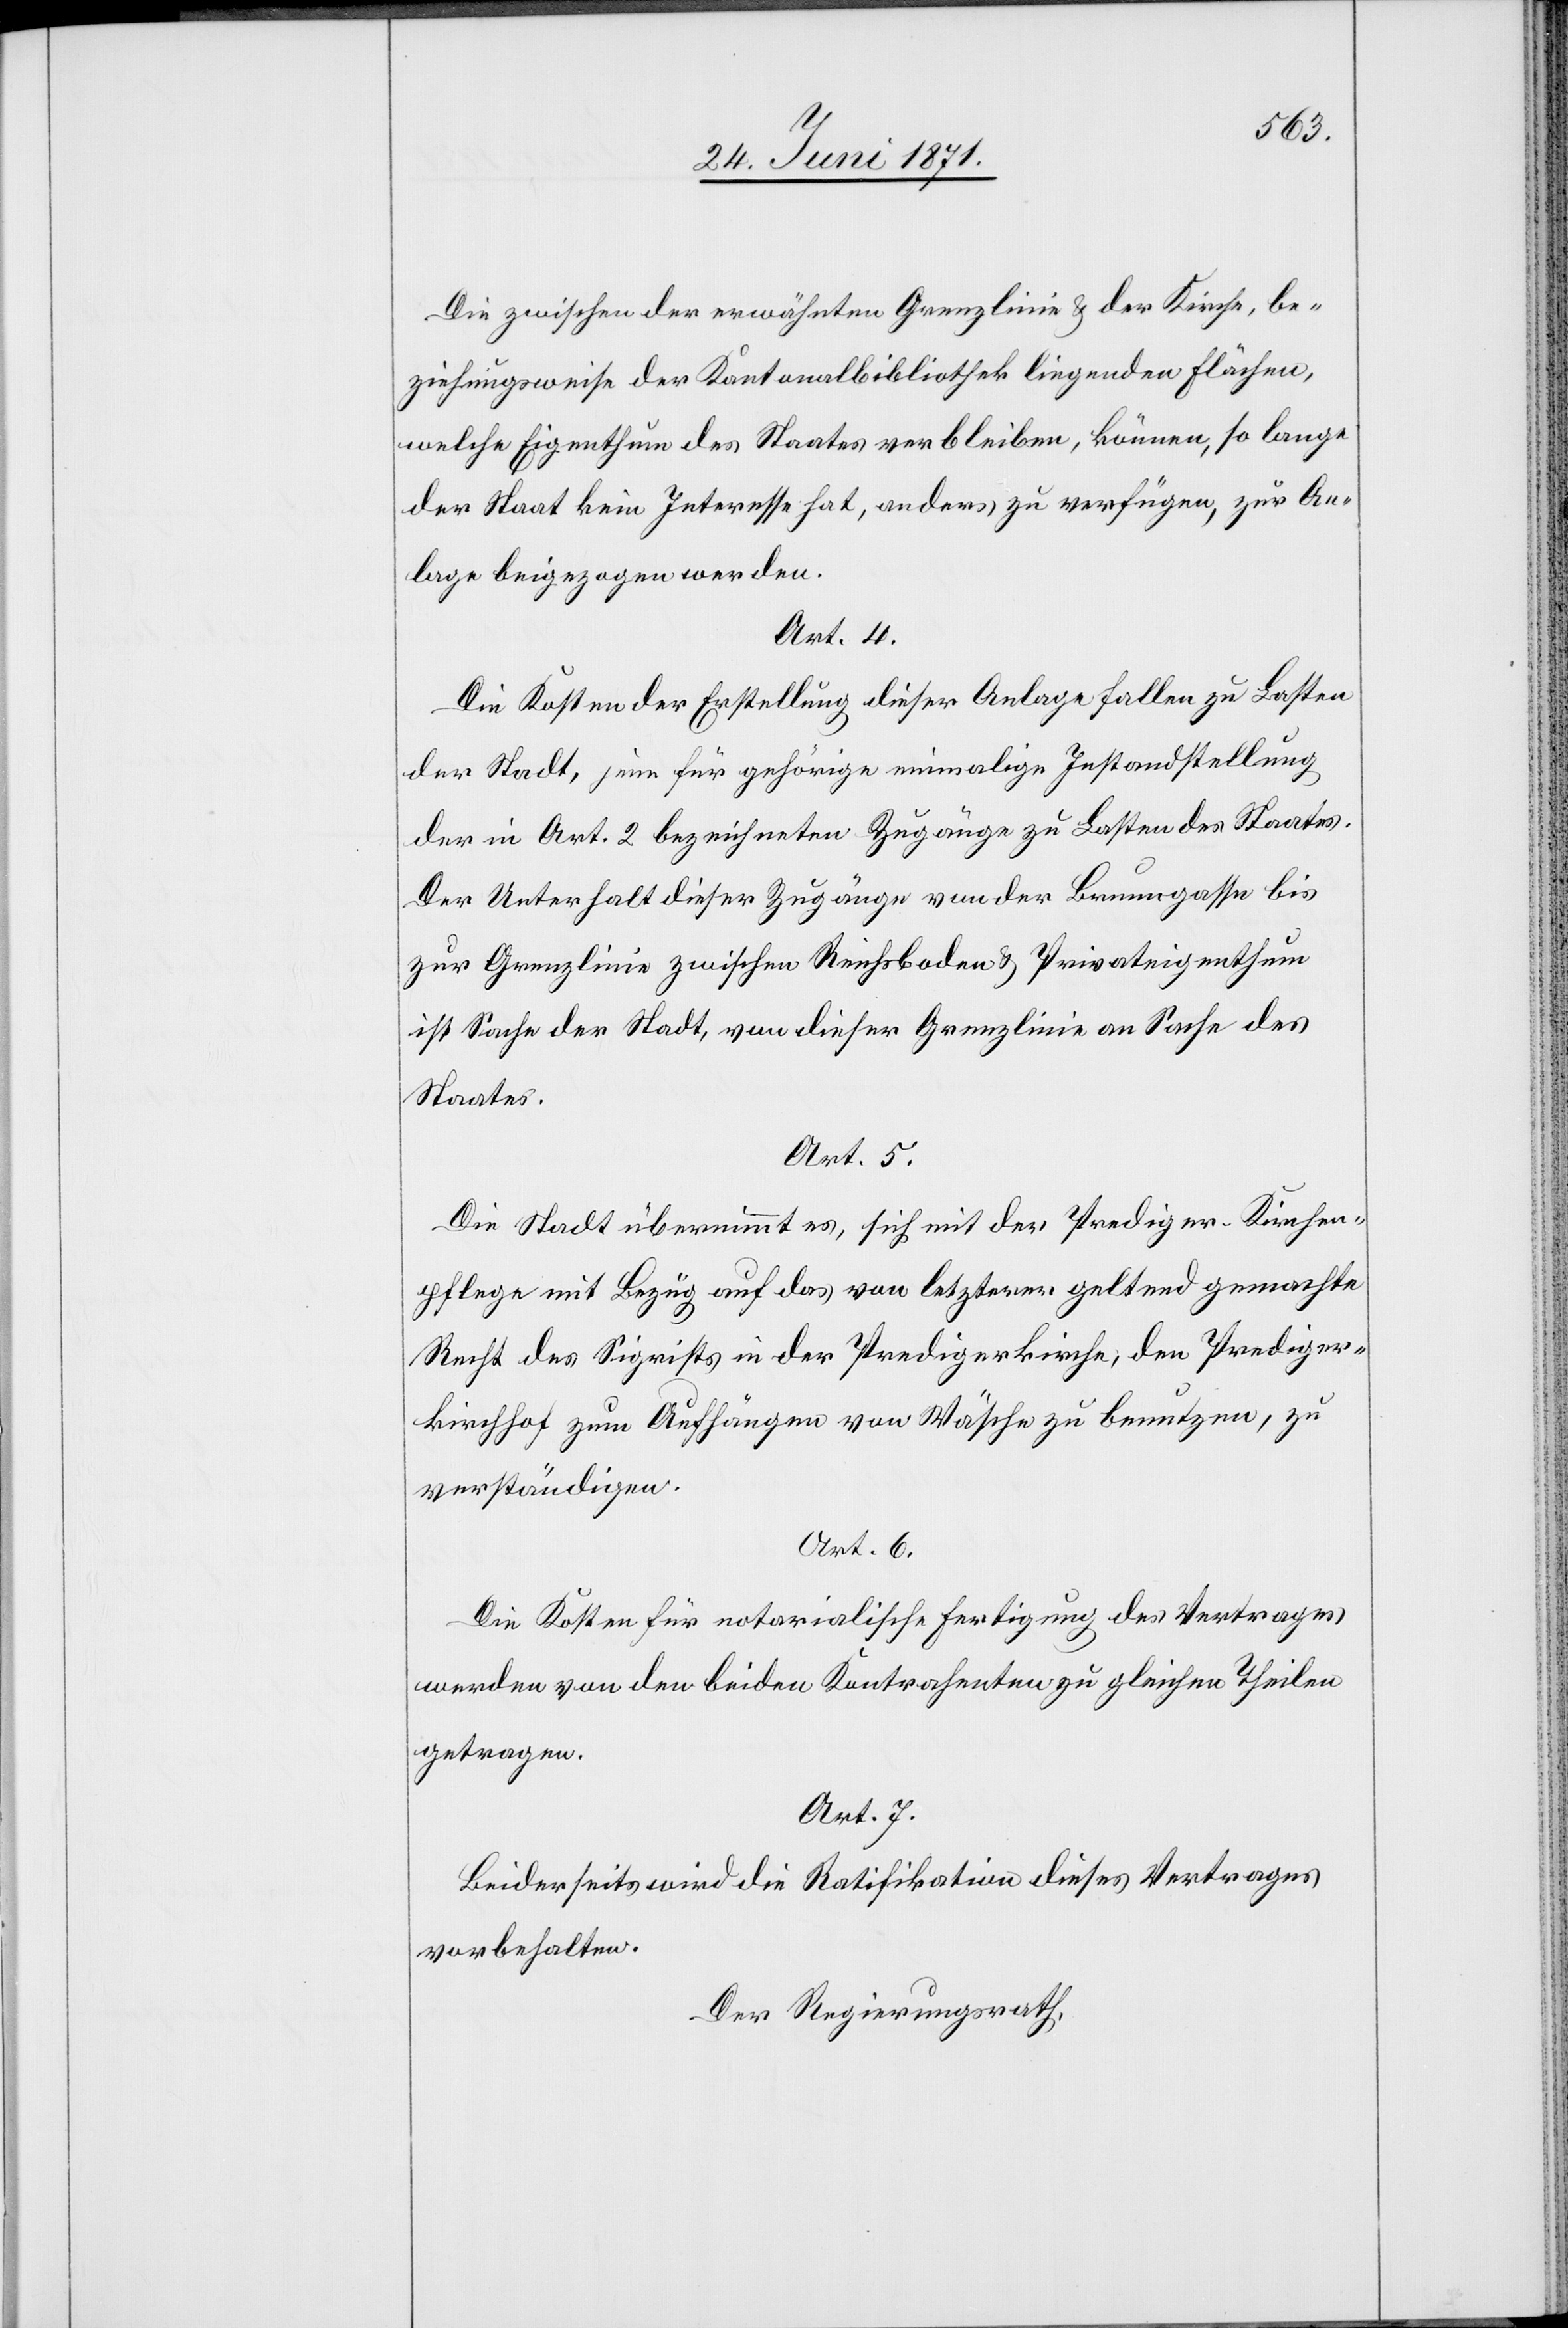
Die zwischen den erwähnten Grenzlinien u. der Kirche, be¬
ziehungsweise der Kantonalbibliothek liegenden Flächen,
welche Eigenthum des Staates verbleiben, können, so lange
der Staat kein Interesse hat, anders zu verfügen, zur An¬
lage beigezogen werden.
Art. 4.
Die Kosten der Erstellung dieser Anlage fallen zu Laste
der Stadt, jene für gehörige einmalige Instandstellung
der in Art. 2 bezeichneten Zugänge zu Lasten des Staates.
Der Unterhalt dieser Zugänge von der Brunngasse bis
zur Grenzlinie zwischen Reichsboden u. Privateigenthum
ist Sache der Stadt, von dieser Grenzlinie an Sache des
Staates.
Art. 5.
Die Stadt übernimmt es, sich mit der Prediger-Kirchen¬
pflege mit Bezug auf das von letzterer geltend gemachte
Recht des Sigrists in der Predigerkirche, den Prediger¬
kirchenhof zum Aufhängen von Wäsche zu benutzen, zu
verständigen.
Art. 6.
Die Kosten für notarialische Fertigung des Vertrages
werden von den beiden Kontrahenten zu gleichen Theilen
getragen.
Art. 7.
Beiderseits wird die Ratifikation dieses Vertrages
vorbehalten.
Der Regierungsrath,